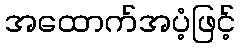
အထောက်အပံ့ဖြင့်